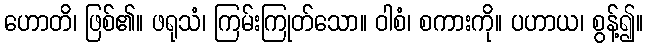
ဟောတိ၊ ဖြစ်၏။ ဖရုသံ၊ ကြမ်းကြုတ်သော။ ဝါစံ၊ စကားကို။ ပဟာယ၊ စွန့်၍။